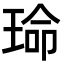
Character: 𬍱